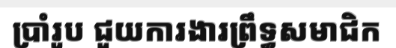
ប្រាំរូប ជួយការងារព្រឹទ្ធសមាជិក